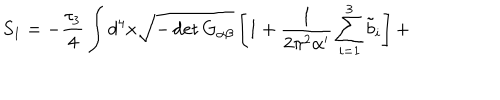
S _ { 1 } = - \frac { \tau _ { 3 } } { 4 } \int d ^ { 4 } x \sqrt { - \det G _ { \alpha \beta } } \left[ 1 + \frac { 1 } { 2 \pi ^ { 2 } \alpha ^ { \prime } } \sum _ { i = 1 } ^ { 3 } { \tilde { b } } _ { i } \right] +